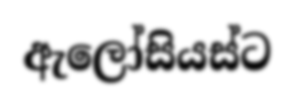
ඇලෝසියස්ට